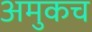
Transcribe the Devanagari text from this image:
अमुकच